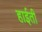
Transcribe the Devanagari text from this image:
हाईती